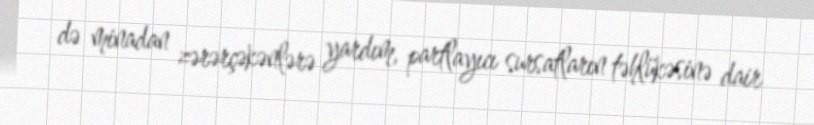
də minadan zərərçəkənlərə yardım, partlayıcı sursatların təhlükəsinə dair